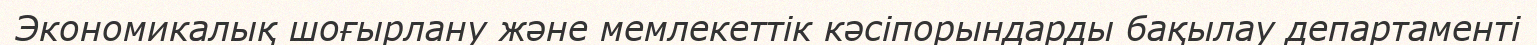
Экономикалық шоғырлану және мемлекеттік кәсіпорындарды бақылау департаменті